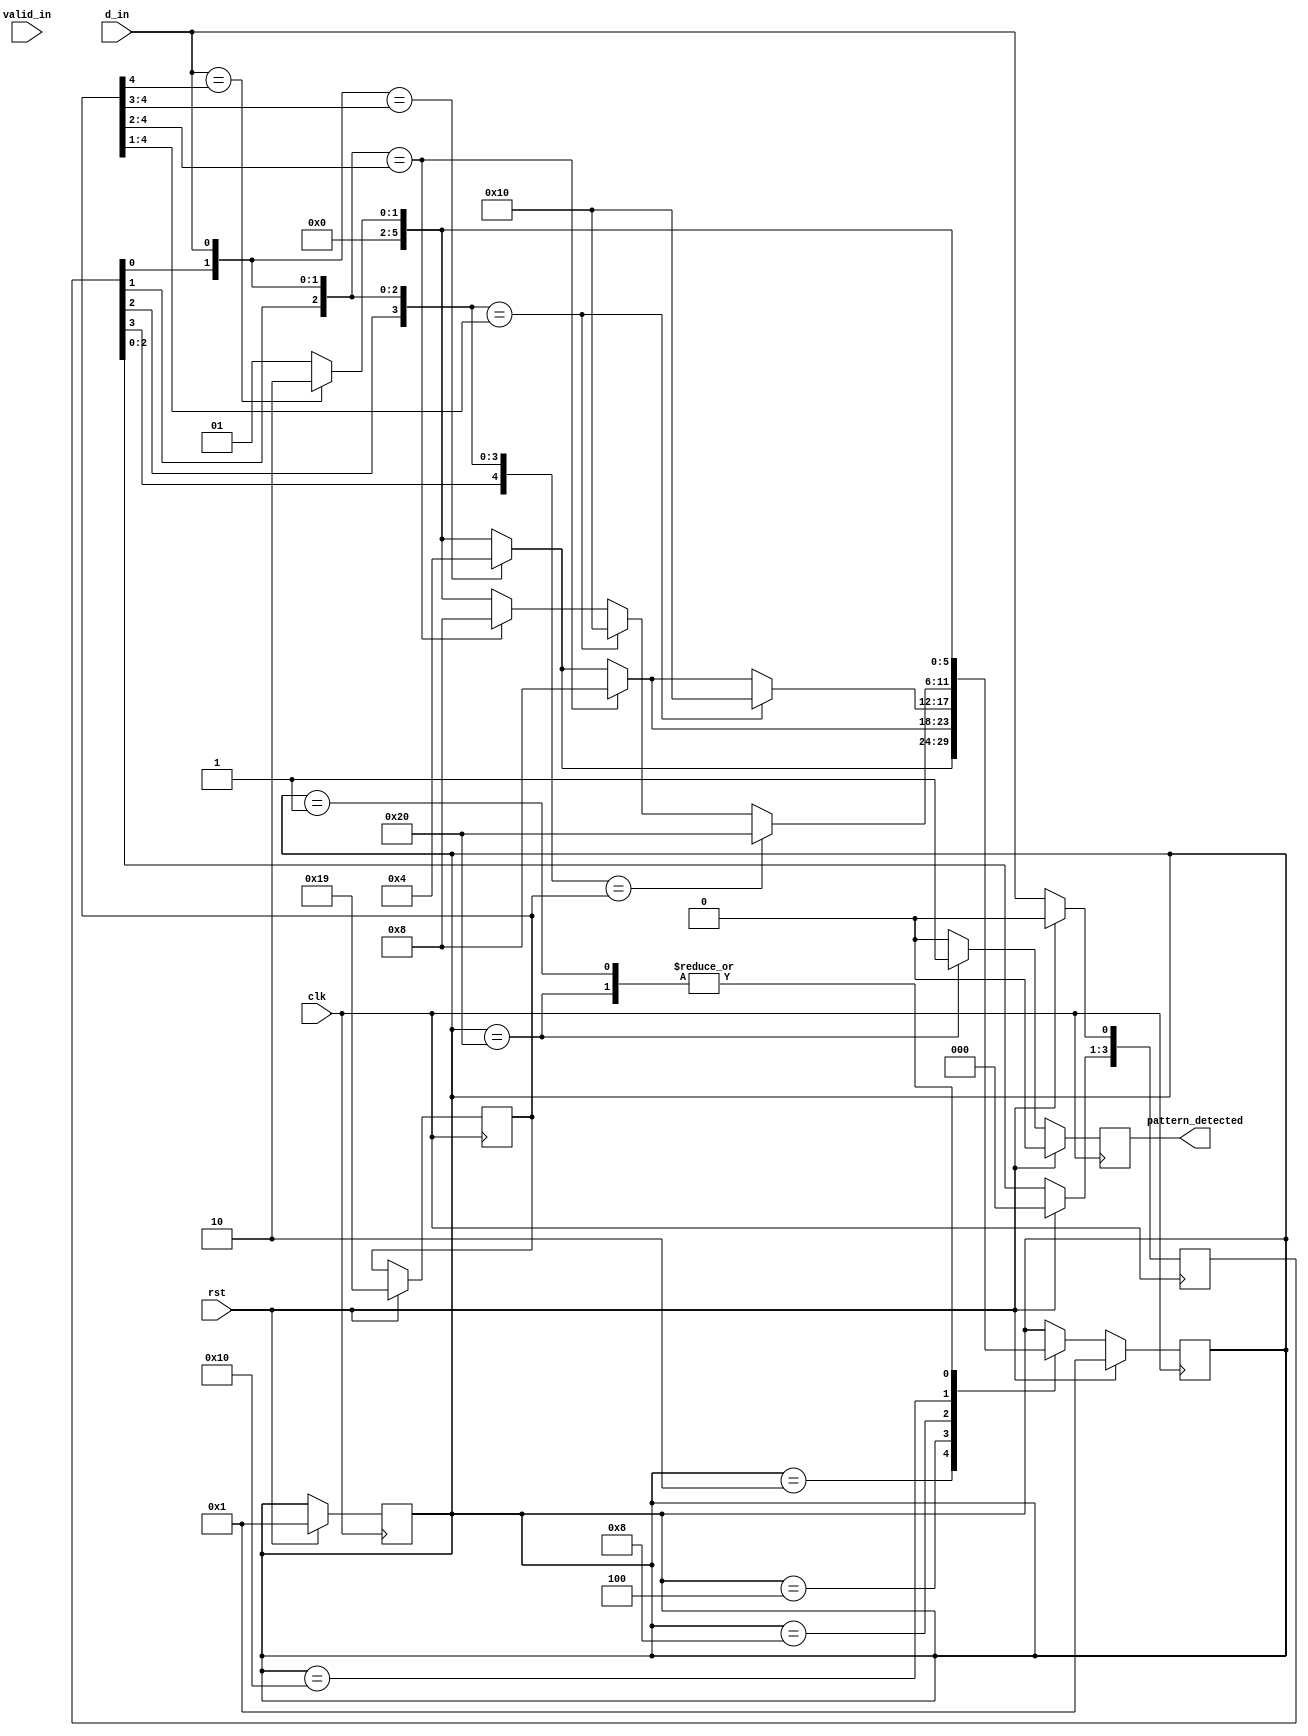
module dynamic(rst,clk,d_in,pattern_detected,valid_in);

input clk,rst,d_in,valid_in;
output reg pattern_detected;
parameter S_RESET= 6'b000001;
parameter S_DET_1BIT= 6'b000010;
parameter S_DET_2BIT= 6'b000100;
parameter S_DET_3BIT= 6'b001000;
parameter S_DET_4BIT= 6'b010000;
parameter S_DET_5BIT= 6'b100000;

parameter c= 1'b1;
parameter b= 1'b0;

reg[4:0]pattern_to_detect; //what is the pattern i want to detect //BBCBC : 00101
reg[4:0]pattern_collected;
reg[5:0]state , next_state;

always@(posedge clk)begin
if (rst==1)begin
	state= S_RESET;
	next_state= S_RESET;
	pattern_detected=0;
	pattern_collected=0;
	//pattern_to_detect=5'b00001; //BBBBC
	pattern_to_detect=5'b11001; //CCBBC
	//pattern_to_detect=5'b01010; //BCBCB
end
else begin
	pattern_detected=0;
	pattern_collected=pattern_collected << 1; //left shift whole pattern by 1 bit
	pattern_collected[0] = d_in;
		
	case(state)
		S_RESET : begin  //B : 0
			if(pattern_collected[0]== pattern_to_detect [4]) next_state= S_DET_1BIT;
			else next_state = S_RESET;
		end
		S_DET_1BIT :begin //BB :00
			if (pattern_collected[1:0]== pattern_to_detect[4:3]) next_state= S_DET_2BIT;
			else if(pattern_collected[0]==pattern_to_detect[4]) next_state= S_DET_1BIT;
			else next_state = S_RESET;
		end
	 	S_DET_2BIT : begin
		
			if (pattern_collected[2:0]== pattern_to_detect[4:2]) next_state= S_DET_3BIT; //we have 3 bits matching
			else if(pattern_collected[1:0]== pattern_to_detect[4:3]) next_state= S_DET_2BIT;
			else if(pattern_collected[0]==pattern_to_detect[4]) next_state= S_DET_1BIT;
			else next_state =S_RESET;
		end
		S_DET_3BIT: begin

			if (pattern_collected[3:0]== pattern_to_detect[4:1]) next_state= S_DET_4BIT;
			else if(pattern_collected[2:0]==pattern_to_detect[4:2]) next_state= S_DET_3BIT;
			else if(pattern_collected[1:0]==pattern_to_detect[4:3]) next_state= S_DET_2BIT;
			else if(pattern_collected[0]==pattern_to_detect[4]) next_state= S_DET_1BIT;
			else next_state =S_RESET;
		end
		S_DET_4BIT: begin
		
			if (pattern_collected[4:0]== pattern_to_detect[4:0]) next_state= S_DET_5BIT;
			else if(pattern_collected[3:0]==pattern_to_detect[4:1]) next_state= S_DET_4BIT;
			else if(pattern_collected[2:0]==pattern_to_detect[4:2]) next_state= S_DET_3BIT;
			else if(pattern_collected[0]==pattern_to_detect[4]) next_state= S_DET_1BIT;
			else next_state =S_RESET;
		end
		S_DET_5BIT: begin
			pattern_detected=1;
			//below code for non overlapping
			if(pattern_collected[0]==pattern_to_detect[4]) next_state= S_DET_1BIT;
			else next_state = S_RESET;
		end
	endcase
end
end
always @(next_state) begin
	state = next_state; //state should get updated with next_state , so that FSM will move forward
end
endmodule